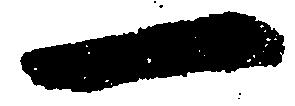
一